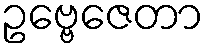
ဥဗ္ဗေဇေတာ